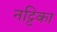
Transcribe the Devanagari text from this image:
नट्टिका